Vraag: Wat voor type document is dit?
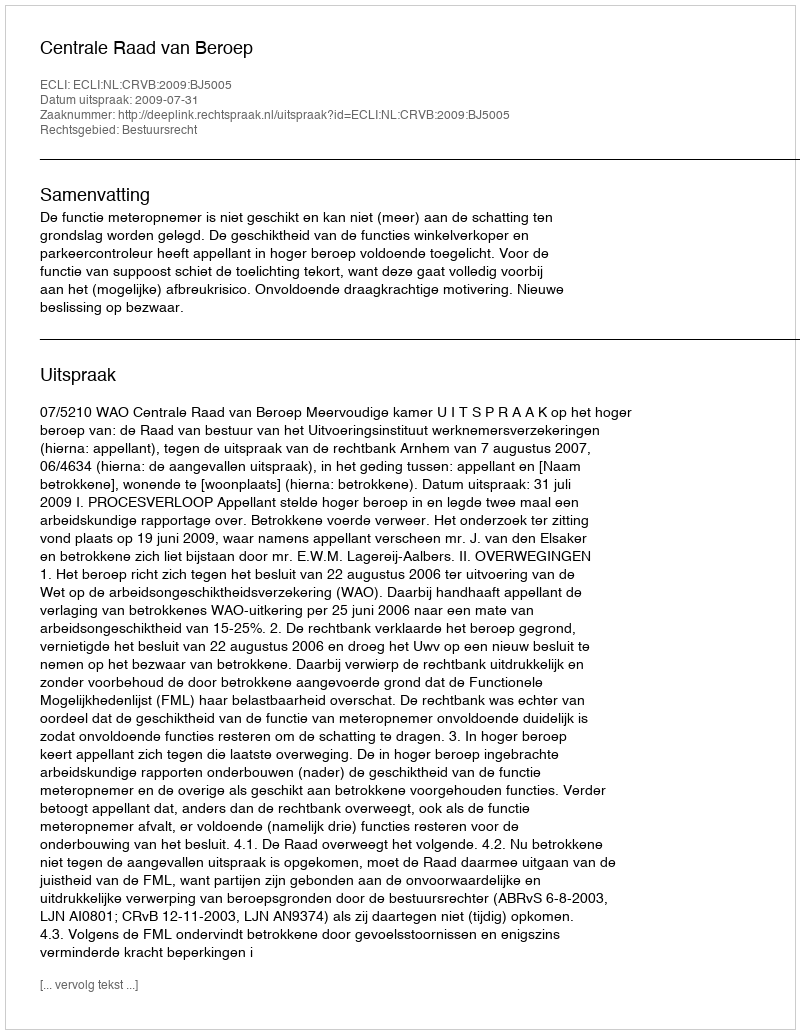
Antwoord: Uitspraak